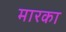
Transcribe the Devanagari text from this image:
मारका